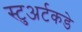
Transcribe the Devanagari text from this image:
स्टुअर्टकडे